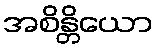
အစိန္တိယော